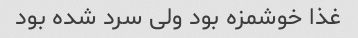
غذا خوشمزه بود ولی سرد شده بود